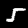
Digit: 5